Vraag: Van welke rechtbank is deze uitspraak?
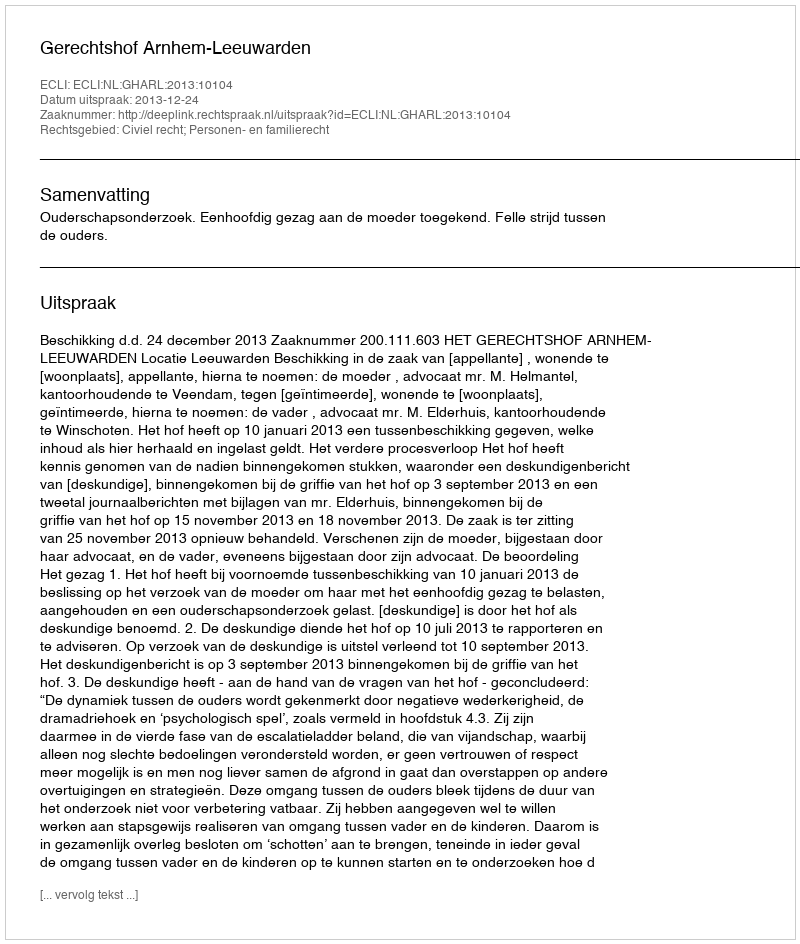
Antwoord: Gerechtshof Arnhem-Leeuwarden